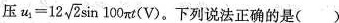
B；压 $$u _ { 1 }= 1 2 \sqrt { 2 } \sin 1 0 0 π t ( V )$$ 。下列说法正确的是( )